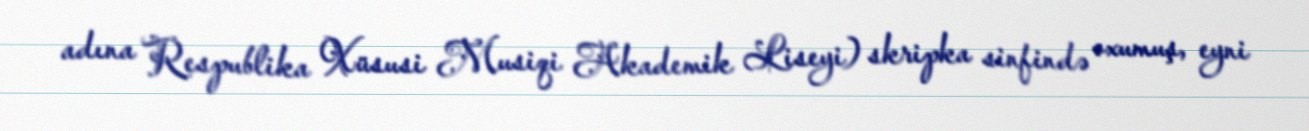
adına Respublika Xüsusi Musiqi Akademik Liseyi) skripka sinfində oxumuş, eyni